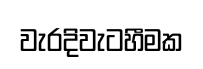
වැරදිවැටහීමක